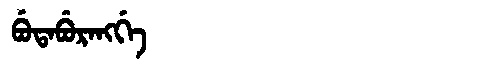
Manchu: ᠪᡠᡨᠠᠪᡠᡵᠠᠩᡤᡝ
Romanization: BUTABURANGGE